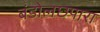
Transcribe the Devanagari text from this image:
बंडोलछपारा